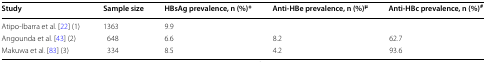
<table><thead><tr><td><b>Study</b></td><td><b>Sample size</b></td><td><b>HBsAg prevalence, n (%)*</b></td><td><b>Anti-HBe prevalence, n (%)<sup>μ</sup></b></td><td><b>Anti-HBc prevalence, n (%)<sup>#</sup></b></td></tr></thead><tbody><tr><td>Atipo-Ibarra et al. [22] (1)</td><td>1363</td><td>9.9</td><td></td><td></td></tr><tr><td>Angounda et al. [43] (2)</td><td>648</td><td>6.6</td><td>8.2</td><td>62.7</td></tr><tr><td>Makuwa et al. [83] (3)</td><td>334</td><td>8.5</td><td>4.2</td><td>93.6</td></tr></tbody></table>